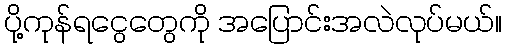
ပို့ကုန်ရငွေတွေကို အပြောင်းအလဲလုပ်မယ်။